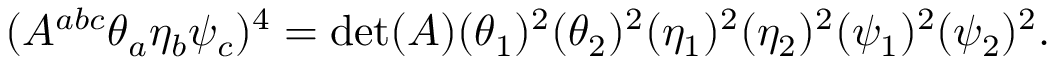
( A ^ { a b c } \theta _ { a } \eta _ { b } \psi _ { c } ) ^ { 4 } = \operatorname* { d e t } ( A ) ( \theta _ { 1 } ) ^ { 2 } ( \theta _ { 2 } ) ^ { 2 } ( \eta _ { 1 } ) ^ { 2 } ( \eta _ { 2 } ) ^ { 2 } ( \psi _ { 1 } ) ^ { 2 } ( \psi _ { 2 } ) ^ { 2 } .